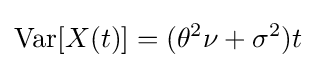
\operatorname {Var} [X(t)]=(\theta ^{2}\nu +\sigma ^{2})t